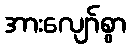
အားလျော်စွာ